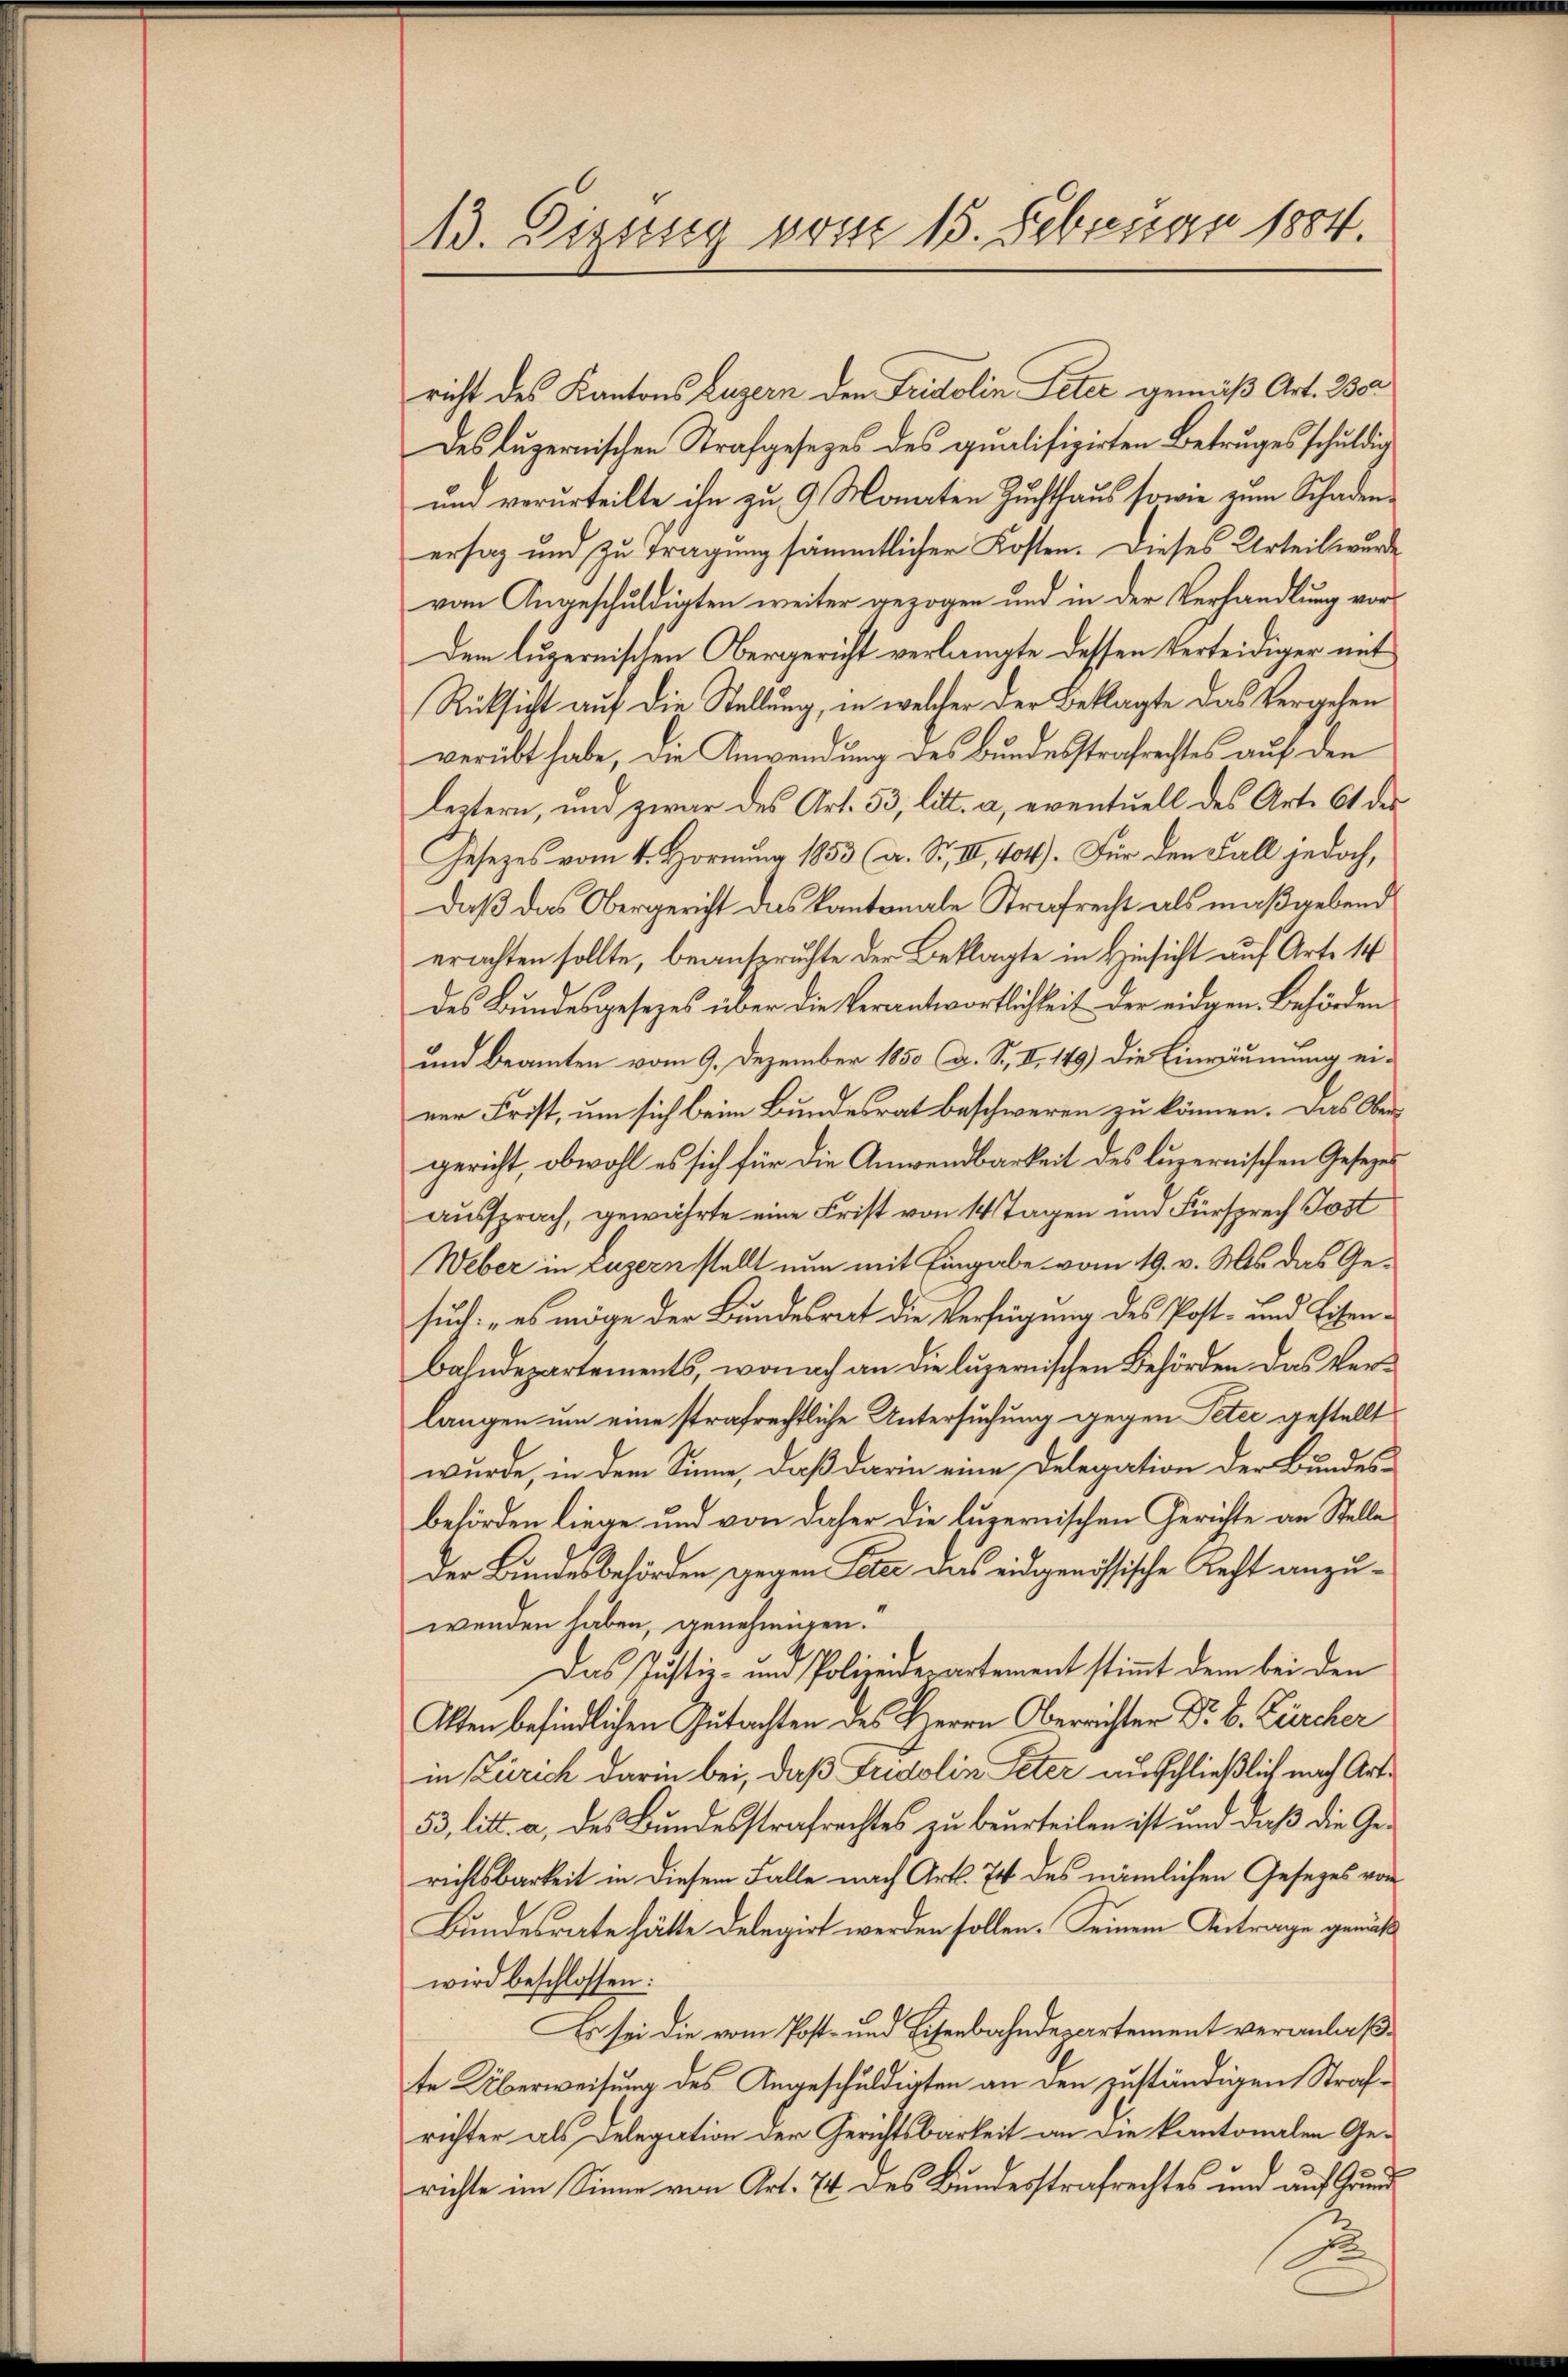
13. Digsisig vom 15. Februar 1884.

richt des Kantons Luzern den Fridolin Peter gemäß Art. Bor
Des Luzernischen Strafgesezes des qualifizirten Betruges schuldig
und verurteilte ihn zu 9 Monaten Zuchthaus sowie zum Schaden.
ersaz und zu tragung sämmtlicher Kosten. Dieses Urteil wurde
vom Angeschuldigten weiter gezogen und in der Verhandlung vor
Dem luzernischen Obergericht verlangte dessen Verteidiger mit
Rüksicht auf die Stellung, in welcher der Beklagte das Vergehen
verübt habe, die Anwendung des Bundesstrafrechtes auf den
leztern, und zwar des Art. 53, litt. a, eventuell des Art. 61 des
Gesezes vom 4. Hornung 1853 (a. S. II, 404). Für den Fall jedoch,
daß das Obergericht das kantonale Strafrecht als maßgebend
erachten sollte, beanspruchte der Beklagte in Hinsicht auf Arte 14
des Bundesgesezes über die Verantwortlichkeit der eidgen. Behörden
und Beamten vom 9. Dezember 1850 (d. S. II 149) die Einräumung einer Frist, um sich beim Bundesrat beschweren zu können. Das Obergericht, obwohl es sich für die Anwendbarkeit des luzernischen Gesezes
aussprach, gewährte eine Frist von 14 Tagen und Fürsprech Jost
Weber in Luzern stellt nun mit Eingabe vom 19. v. Ms. das Gesuch: „es möge der Bundesrat die Verfügung des Post- und Eisenbahndepartements, wonach an die luzernischen Behörden das Verlangen um eine strafrechtliche Untersuchung gegen Peter gestellt
wurde, in dem Sinne, daß darin eine Delegation der Bundesbehörden liege und von daher die luzernischen Gerichte an Stelle
Der Bundesbehörden gegen Peter dass eidgenössische Recht anzuwenden haben, genehmigen.
Das Justiz- und Polizeidepartement stimmt dem bei den
Alten befindlichen Gutachten des Herrn Oberrichter Dr. B. Zürcher
in Zürich darin bei, daß Fridolin Peter ausschließlich nach Art.
53, litt. a, des Bundesstrafrechtes zu beurteilen ist und daß die Gerichtsbarkeit in diesem Falle nach Art. 74 des nämlichen Gesetzes von
Bundesrate hätte delegirt werden sollen. Seinem Antrage gemäßwird beschlossen:
Es sei die vom Post- und Eisenbahndepartement veranlaßte Überweisung des Angeschuldigten an den zuständigen Strafrichter als Delegation der Gerichtsbarkeit an die kantonalen Ge-
richte im Sinne von Art. 74 des Bundesstrafrechtes und auf Grund¬